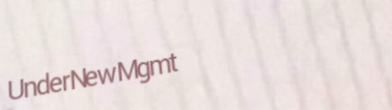
UnderNewMgmt